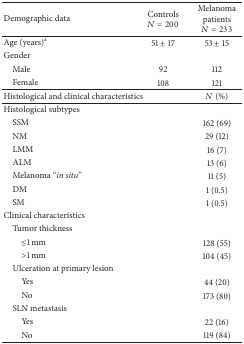
<table><thead><tr><td><b>Demographic data</b></td><td><b>Controls<i>N</i> = 200</b></td><td><b>Melanoma patients<i>N</i> = 233</b></td></tr></thead><tbody><tr><td>Age (years)<sup>a</sup></td><td>51 ± 17</td><td>53 ± 15</td></tr><tr><td>Gender</td><td> </td><td> </td></tr><tr><td> Male</td><td>92</td><td>112</td></tr><tr><td> Female</td><td>108</td><td>121</td></tr><tr><td>Histological and clinical characteristics </td><td> </td><td><i>N</i> (%)</td></tr><tr><td>Histological subtypes</td><td> </td><td> </td></tr><tr><td> SSM</td><td> </td><td>162 (69) </td></tr><tr><td> NM</td><td> </td><td> 29 (12) </td></tr><tr><td> LMM</td><td> </td><td>16 (7)</td></tr><tr><td> ALM</td><td> </td><td>13 (6)</td></tr><tr><td> Melanoma “<i>in situ</i>”</td><td> </td><td>11 (5)</td></tr><tr><td> DM</td><td> </td><td>1 (0.5)</td></tr><tr><td> SM</td><td> </td><td>1 (0.5)</td></tr><tr><td>Clinical characteristics</td><td> </td><td> </td></tr><tr><td> Tumor thickness </td><td> </td><td> </td></tr><tr><td>≤1 mm</td><td> </td><td>128 (55)</td></tr><tr><td>&gt;1 mm</td><td> </td><td>104 (45)</td></tr><tr><td> Ulceration at primary lesion</td><td> </td><td> </td></tr><tr><td>Yes</td><td> </td><td> 44 (20)</td></tr><tr><td>No</td><td> </td><td>173 (80)</td></tr><tr><td> SLN metastasis</td><td> </td><td> </td></tr><tr><td>Yes</td><td> </td><td> 22 (16)</td></tr><tr><td>No</td><td> </td><td>119 (84)</td></tr></tbody></table>